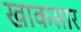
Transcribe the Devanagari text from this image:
खाकसार